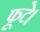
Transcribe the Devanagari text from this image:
फूटे।